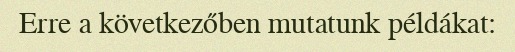
Erre a következőben mutatunk példákat: